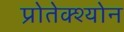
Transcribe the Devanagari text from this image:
प्रोतेक्श्योन